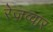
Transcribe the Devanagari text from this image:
रेज़व्वार